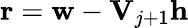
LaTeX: \mathbf{r}=\mathbf{w}-\mathbf{V}_{j+1}\mathbf{h}